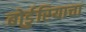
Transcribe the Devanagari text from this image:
बोर्डुरियाचा